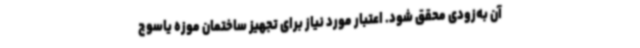
آن به‌زودی محقق شود. اعتبار مورد نیاز برای ‌تجهیز ساختمان موزه یاسوج